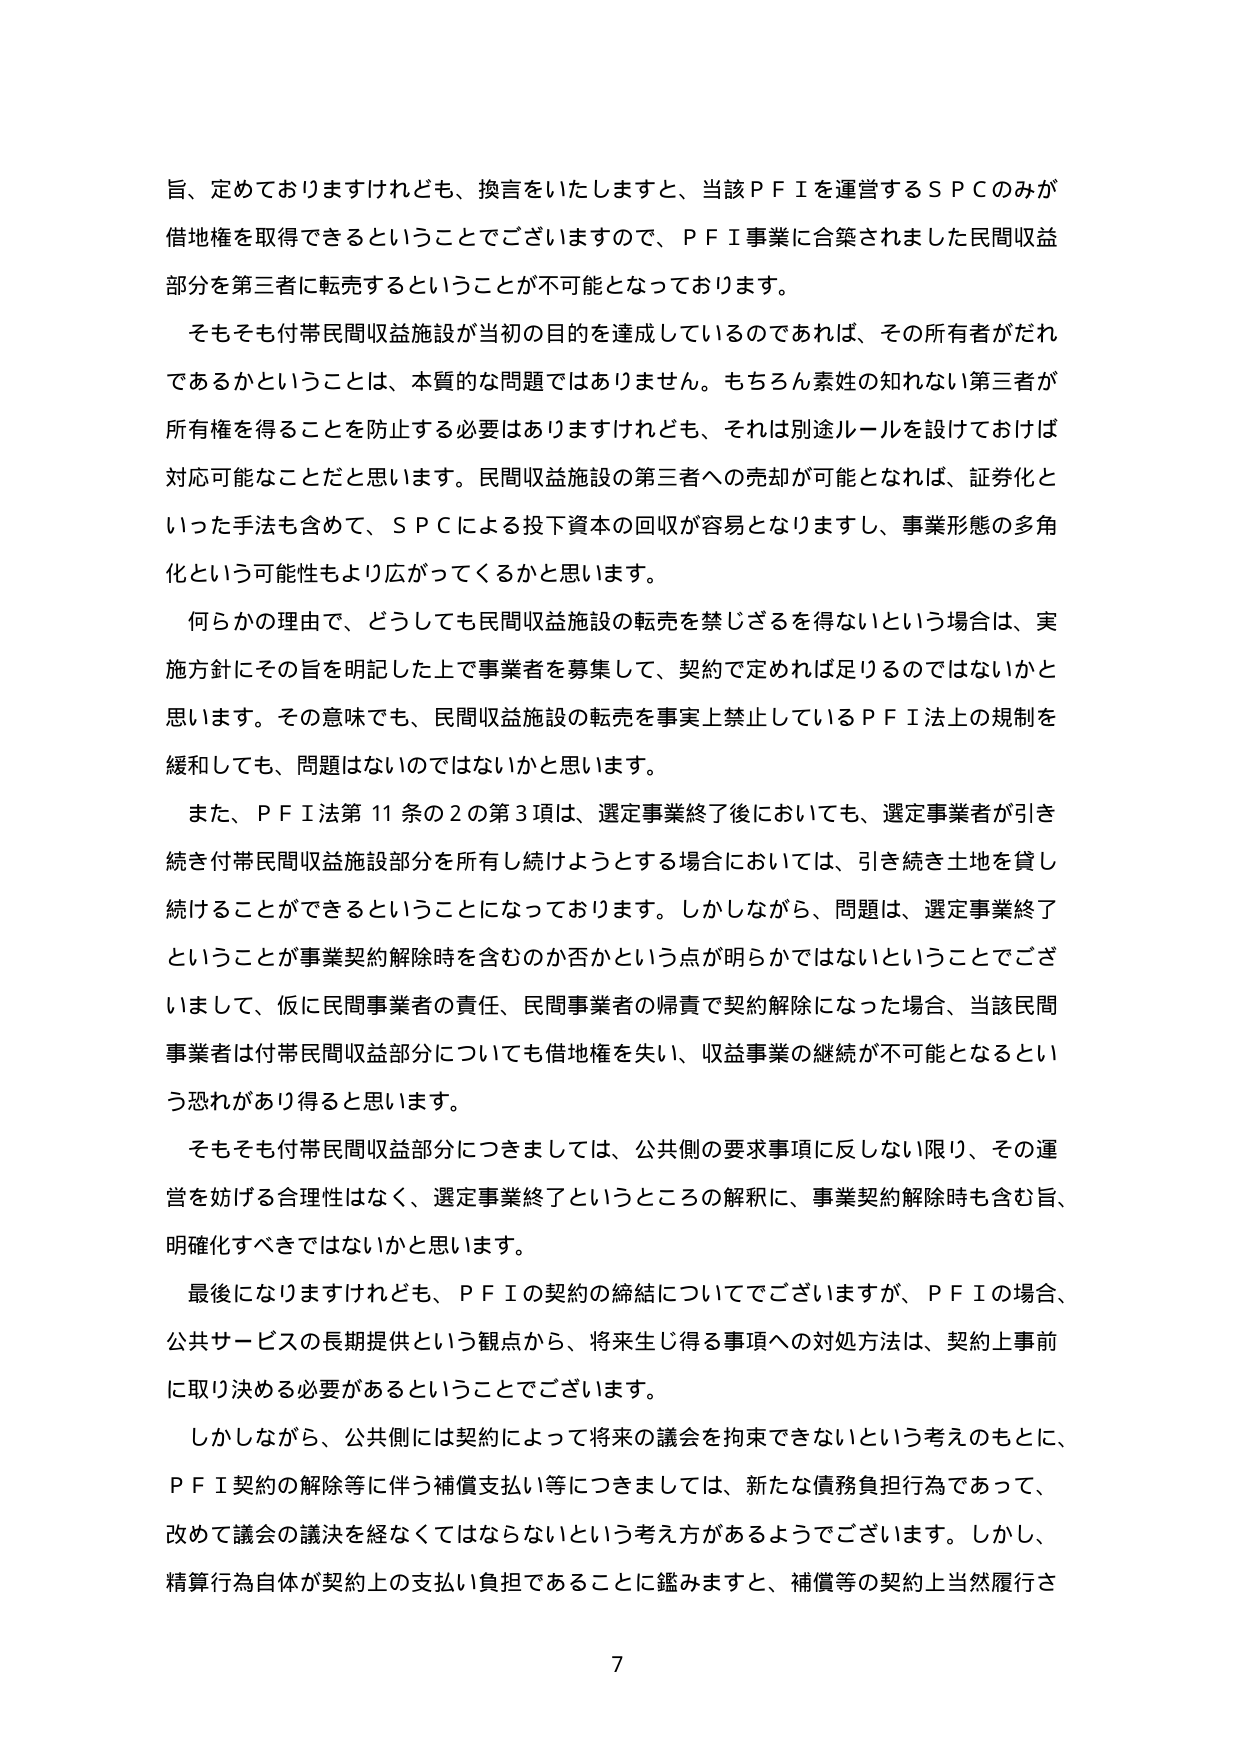
旨、定めておりますけれども、換言をいたしますと、当該ＰＦＩを運営するＳＰＣのみが借地権を取得できるということでございますので、ＰＦＩ事業に合築されました民間収益部分を第三者に転売するということが不可能となっております。

そもそも付帯民間収益施設が当初の目的を達成しているのであれば、その所有者がだれであるかということは、本質的な問題ではありません。もちろん素姓の知れない第三者が所有権を得ることを防止する必要はありますけれども、それは別途ルールを設けておけば対応可能なことだと思います。民間収益施設の第三者への売却が可能となれば、証券化といった手法も含めて、ＳＰＣによる投下資本の回収が容易となりますし、事業形態の多角化という可能性もより広がってくるかと思います。

何らかの理由で、どうしても民間収益施設の転売を禁じざるを得ないという場合は、実施方針にその旨を明記した上で事業者を募集して、契約で定めれば足りるのではないでしょうかと思います。その意味でも、民間収益施設の転売を事実上禁止しているＰＦＩ法上の規制を緩和しても、問題はないのではないかと思います。

また、ＰＦＩ法第11条の2の第3項は、選定事業終了後においても、選定事業者が引き続き付帯民間収益施設部分を所有し続けようとする場合においては、引き続き土地を貸し続けることができるということになっております。しかしながら、問題は、選定事業終了ということが事業契約解除時を含むのか否かという点が明らかではないということでございまして、仮に民間事業者の責任、民間事業者の帰責で契約解除になった場合、当該民間事業者は付帯民間収益部分についても借地権を失い、収益事業の継続が不可能となるという恐れがあり得ると思います。

そもそも付帯民間収益部分につきましては、公共側の要求事項に反しない限り、その運営を妨げる合理性はなく、選定事業終了というところの解釈に、事業契約解除時も含む旨、明確化すべきではないかと思います。

最後になりますけれども、ＰＦＩの契約の締結についてでございますが、ＰＦＩの場合、公共サービスの長期提供という観点から、将来生じ得る事項への対処方法は、契約上事前に取り決める必要があるということでございます。

しかしながら、公共側には契約によって将来の議会を拘束できないという考えのもとに、ＰＦＩ契約の解除等に伴う補償支払い等につきましては、新たな債務負担行為であって、改めて議会の議決を経なくてはならないという考え方があるようでございます。しかし、精算行為自体が契約上の支払い負担であることに鑑みますと、補償等の契約上当然履行さ

7